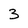
Character: 3